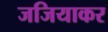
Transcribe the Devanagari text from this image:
जजियाकर